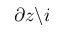
\partial z \backslash i